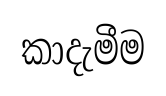
කාදැමීම